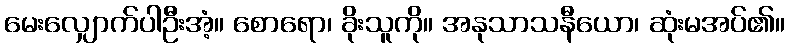
မေးလျှောက်ပါဦးအံ့။ စောရော၊ ခိုးသူကို။ အနုသာသနီယော၊ ဆုံးမအပ်၏။